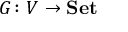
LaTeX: G \colon V \to \mathbf { S e t }